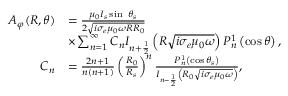
\begin{array} { r l } { A _ { \varphi } ( R , \theta ) } & { = \frac { \mu _ { 0 } I _ { s } \sin \ \theta _ { s } } { 2 \sqrt { i \sigma _ { e } \mu _ { 0 } \omega R R _ { 0 } } } } \\ & { \times \sum _ { n = 1 } ^ { \infty } C _ { n } { I _ { n + \frac { 1 } { 2 } } \left( R \sqrt { i \sigma _ { e } \mu _ { 0 } \omega } \right) P _ { n } ^ { 1 } } \left( \cos \theta \right) , } \\ { C _ { n } } & { = \frac { 2 n + 1 } { n ( n + 1 ) } \left( \frac { R _ { 0 } } { R _ { s } } \right) ^ { n } \frac { P _ { n } ^ { 1 } \left( \cos \theta _ { s } \right) } { I _ { n - \frac { 1 } { 2 } } \left( R _ { 0 } \sqrt { i \sigma _ { e } \mu _ { 0 } \omega } \right) } , } \end{array}